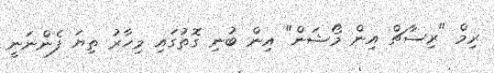
ރިމް "ރިސާޗް އިން މޯޝަން" އިން ބުނި ގޮތުގައި މިހާރު ތިޔަ ފެންނަނީ